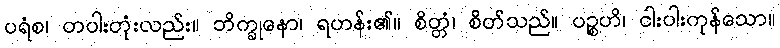
ပရံစ၊ တပါးတုံးလည်း။ ဘိက္ခုနော၊ ရဟန်း၏။ စိတ္တံ၊ စိတ်သည်။ ပဉ္စဟိ၊ ငါးပါးကုန်သော။